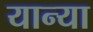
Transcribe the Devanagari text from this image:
यान्या